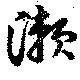
瀬